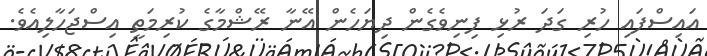
އައިސްފައި ހުރި ގަދަ ރުޅި ފިނިވެގެން ދިޔަހެން އޭނާ ރޭޝްމާގެ ކުރިމަތީ އިސްޖަހާލިއެވެ.